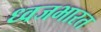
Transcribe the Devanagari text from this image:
ध्वजभारत